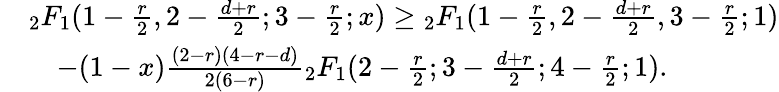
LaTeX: \begin{array}{rl}&{{_2F_{1}}(1-\frac{r}{2},2-\frac{d+r}{2};3-\frac{r}{2};x)\geq{_2F_{1}}(1-\frac{r}{2},2-\frac{d+r}{2},3-\frac{r}{2};1)}\\ &{\quad-(1-x)\frac{(2-r)(4-r-d)}{2(6-r)}{_2F_{1}}(2-\frac{r}{2};3-\frac{d+r}{2};4-\frac{r}{2};1).}\end{array}